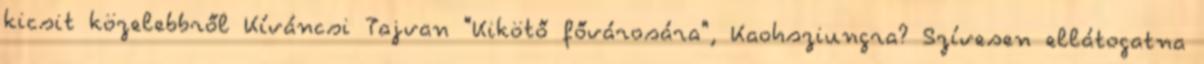
kicsit közelebbről Kíváncsi Tajvan "Kikötő fővárosára", Kaohsziungra? Szívesen ellátogatna